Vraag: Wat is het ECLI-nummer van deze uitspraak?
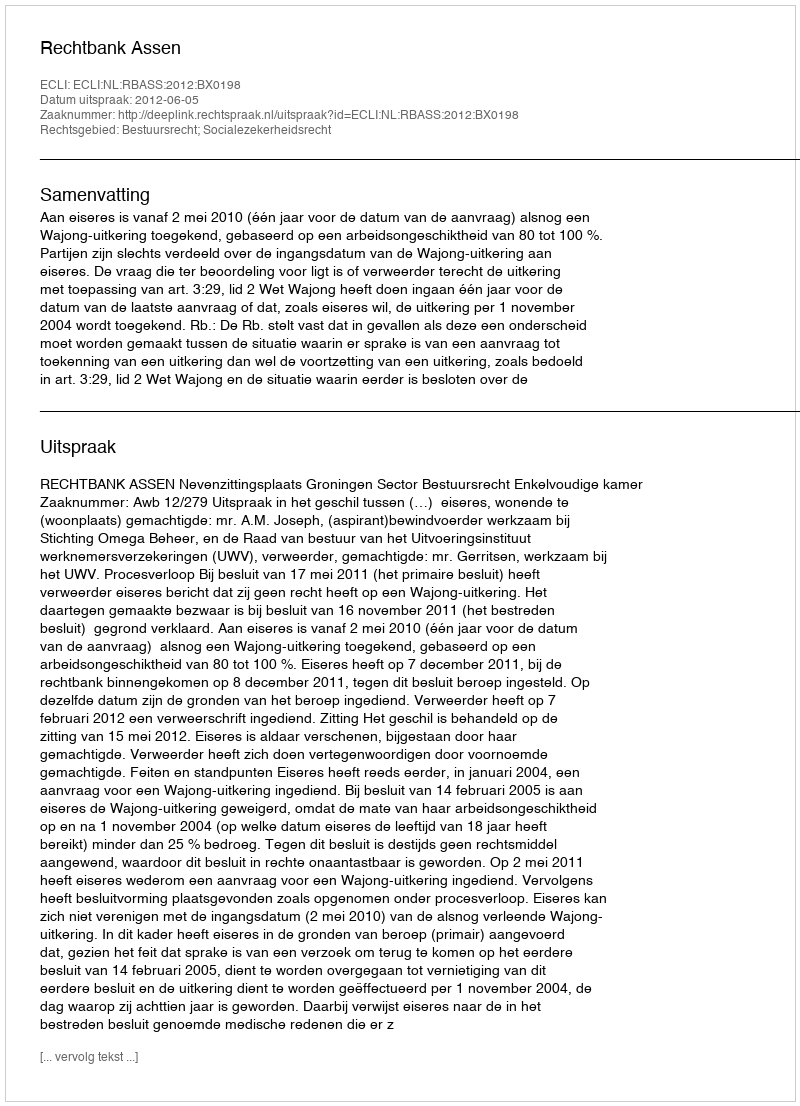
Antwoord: ECLI:NL:RBASS:2012:BX0198